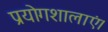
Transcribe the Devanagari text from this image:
प्रयोगशालाएं।